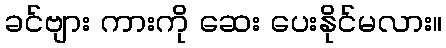
ခင်ဗျား ကားကို ဆေး ပေးနိုင်မလား။